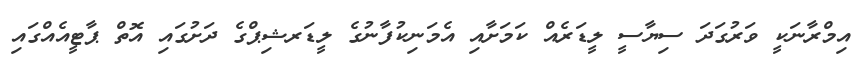
އިމްރާނަކީ ވަރުގަދަ ސިޔާސީ ލީޑަރެއް ކަމަށާއި އެމަނިކުފާނުގެ ލީޑަރޝިޕްގެ ދަށުގައި އޮތް ޕާޓީއެއްގައި